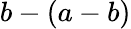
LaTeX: b-(a-b)